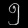
Digit: ၅